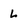
Character: L